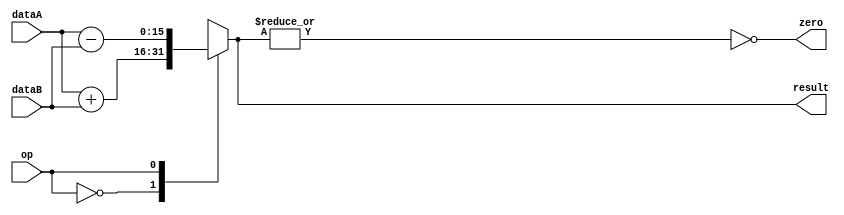
module ALU(
input[15:0] dataA,
input[15:0] dataB,
input op,
output reg[15:0] result,
output zero
);

assign zero=~|result;
always @(dataA,dataB,op)
case (op)
1'b0:result=dataA+dataB;
1'b1:result=dataA-dataB;
endcase
endmodule